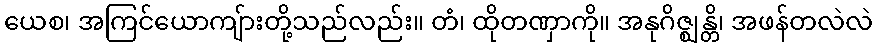
ယေစ၊ အကြင်ယောကျ်ားတို့သည်လည်း။ တံ၊ ထိုတဏှာကို။ အနုဂိဇ္ဈန္တိ၊ အဖန်တလဲလဲ